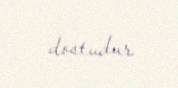
dostudur.